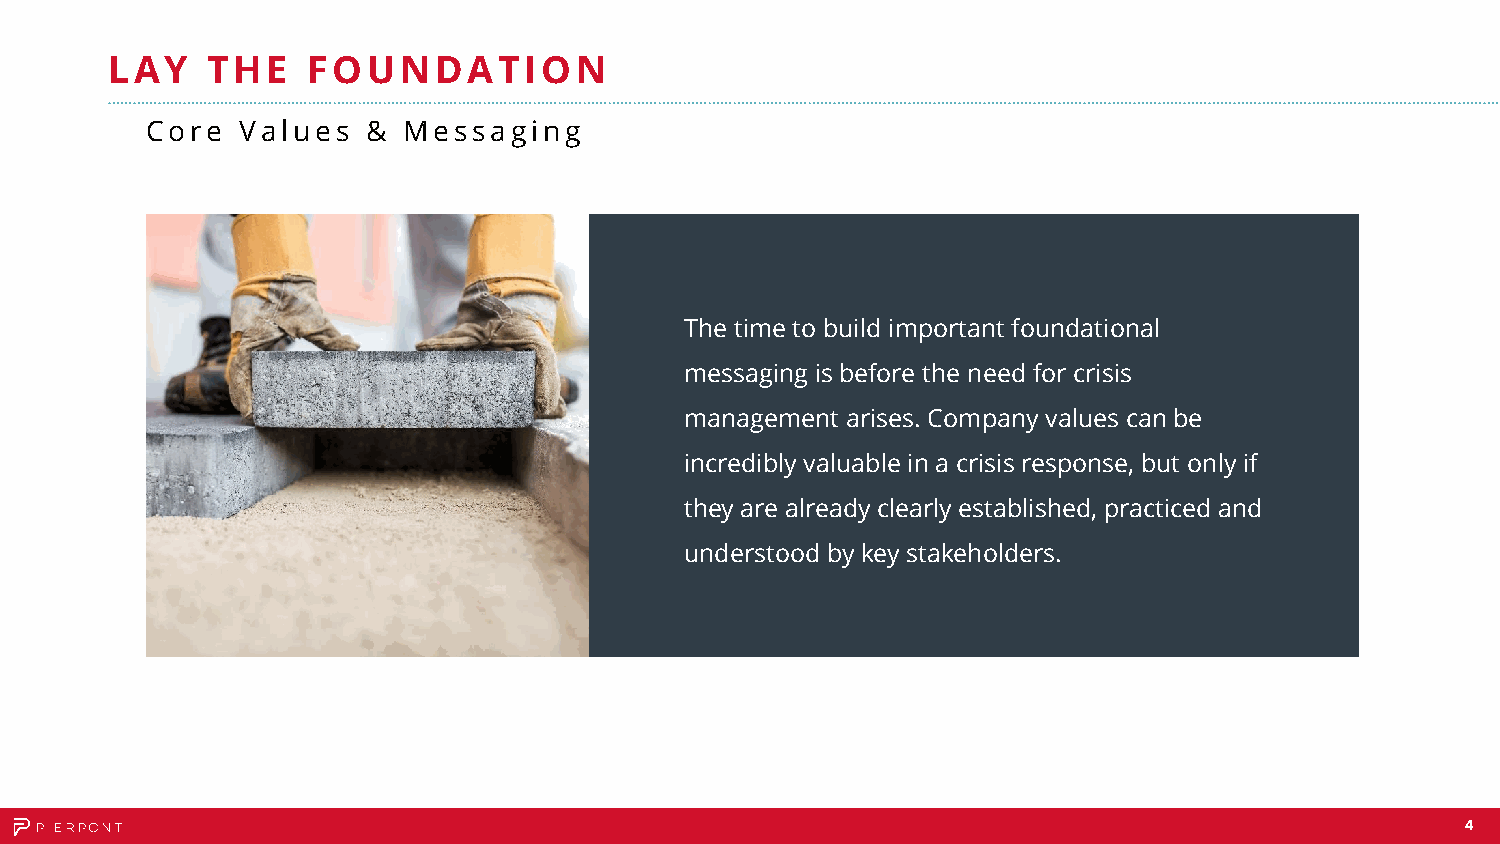
LAY    THE   FOUNDATION
 Core  Values  &  Messaging
 The time to build important foundational
 messaging is before the need for crisis
 management arises. Company values can be
 incredibly valuable in a crisis response, but only if
 they are already clearly established, practiced and
 understood by key stakeholders.
 4